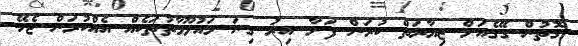
ގޮތުން ގޭގެއަށް ޒިޔާރަތް ކުރަން ފަށާ އިރު ގިނަ މައުލޫމާތުތަކެއް އެއްކުރަން ޖެހޭ